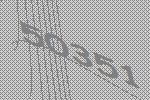
50351